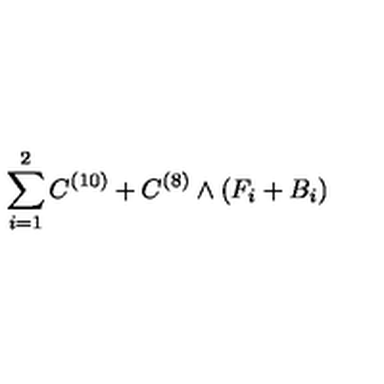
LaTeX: \sum _ { i = 1 } ^ { 2 } C ^ { ( 1 0 ) } + C ^ { ( 8 ) } \wedge ( F _ { i } + B _ { i } )